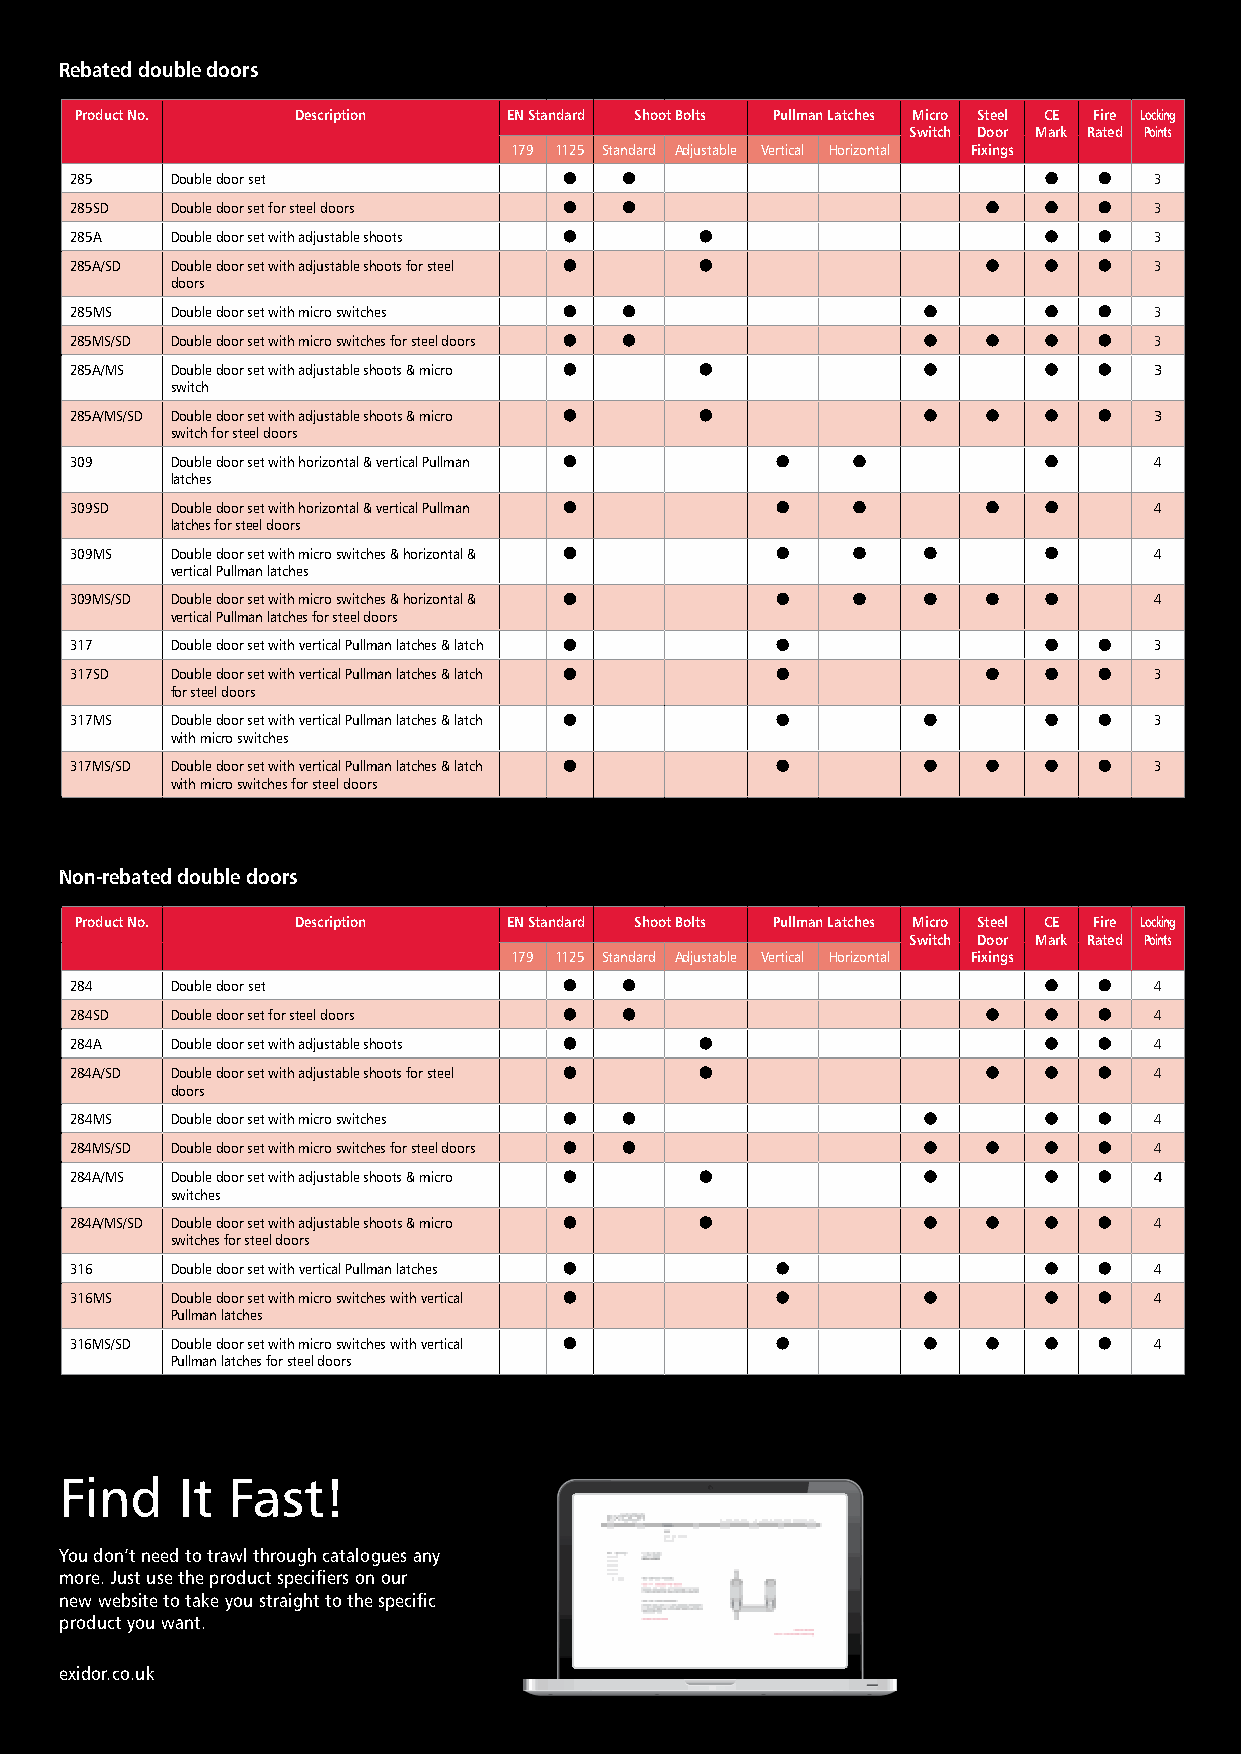
Rebated double doors
 Product No.    Description   EN Standard Shoot Bolts Pullman Latches Micro Steel CE Fire Locking
 Switch Door Mark Rated Points
 179 1125 Standard Adjustable Vertical Horizontal Fixings
 285   Double door set                                                  3
 285SD Double door set for steel doors                                  3
 285A  Double door set with adjustable shoots                           3
 285A/SD Double door set with adjustable shoots for steel               3
 doors
 285MS Double door set with micro switches                              3
 285MS/SD Double door set with micro switches for steel doors           3
 285A/MS Double door set with adjustable shoots & micro                 3
 switch
 285A/MS/SD Double door set with adjustable shoots & micro              3
 switch for steel doors
 309   Double door set with horizontal & vertical Pullman               4
 latches
 309SD Double door set with horizontal & vertical Pullman               4
 latches for steel doors
 309MS Double door set with micro switches & horizontal &               4
 vertical Pullman latches
 309MS/SD Double door set with micro switches & horizontal &            4
 vertical Pullman latches for steel doors
 317   Double door set with vertical Pullman latches & latch            3
 317SD Double door set with vertical Pullman latches & latch            3
 for steel doors
 317MS Double door set with vertical Pullman latches & latch            3
 with micro switches
 317MS/SD Double door set with vertical Pullman latches & latch         3
 with micro switches for steel doors
 Non-rebated double doors
 Product No.    Description   EN Standard Shoot Bolts Pullman Latches Micro Steel CE Fire Locking
 Switch Door Mark Rated Points
 179 1125 Standard Adjustable Vertical Horizontal Fixings
 284   Double door set                                                  4
 284SD Double door set for steel doors                                  4
 284A  Double door set with adjustable shoots                           4
 284A/SD Double door set with adjustable shoots for steel               4
 doors
 284MS Double door set with micro switches                              4
 284MS/SD Double door set with micro switches for steel doors           4
 284A/MS Double door set with adjustable shoots & micro                 4
 switches
 284A/MS/SD Double door set with adjustable shoots & micro              4
 switches for steel doors
 316   Double door set with vertical Pullman latches                    4
 316MS Double door set with micro switches with vertical                4
 Pullman latches
 316MS/SD Double door set with micro switches with vertical             4
 Pullman latches for steel doors
 Find    It Fast!
 You don’t need to trawl through catalogues any
 more. Just use the product specifiers on our
 new website to take you straight to the specific
 product you want.
 exidor.co.uk
 27